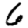
Digit: 6